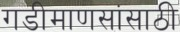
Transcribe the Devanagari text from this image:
गडीमाणसांसाठी